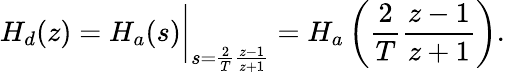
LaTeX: H_{d}(z)=H_{a}(s){\bigg|}_{s={\frac{2}{T}}{\frac{z-1}{z+1}}}=H_{a}\left({\frac{2}{T}}{\frac{z-1}{z+1}}\right).